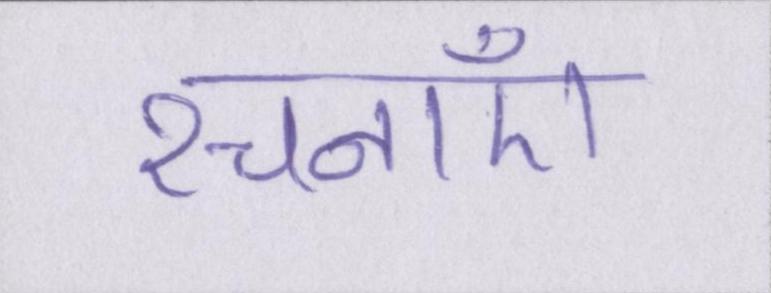
रचनाएँ